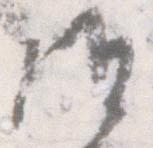
候